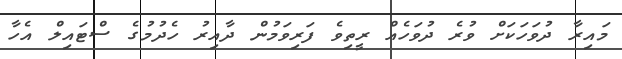
މައިރާ ދުވަހަކަށް ވުރެ ދުވަހެއް ރީތިވެ ފަރިވަމުން ދާއިރު ހެދުމުގެ ސްޓައިލް އެހާ